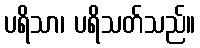
ပရိသာ၊ ပရိသတ်သည်။